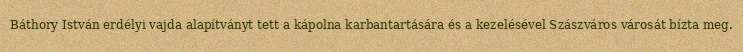
Báthory István erdélyi vajda alapítványt tett a kápolna karbantartására és a kezelésével Szászváros városát bízta meg.